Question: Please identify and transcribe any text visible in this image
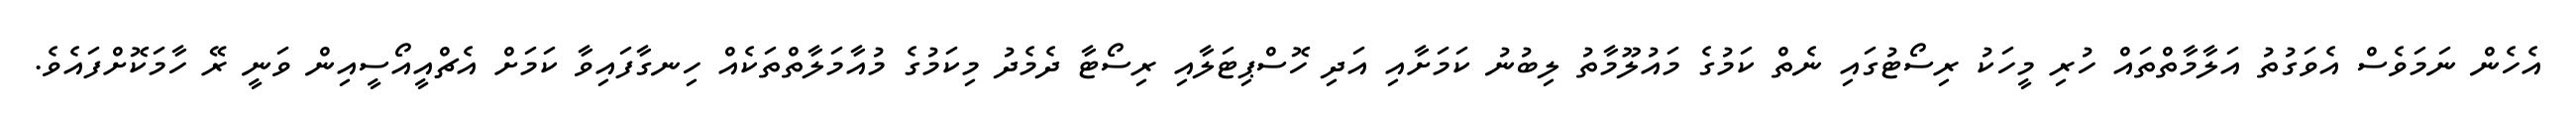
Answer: އެހެން ނަމަވެސް އެވަގުތު އަލާމާތްތައް ހުރި މީހަކު ރިސޯޓުގައި ނެތް ކަމުގެ މައުލޫމާތު ލިބުނު ކަމަށާއި އަދި ހޮސްޕިޓަލާއި ރިސޯޓާ ދެމެދު މިކަމުގެ މުއާމަލާތްތަކެއް ހިނގާފައިވާ ކަމަށް އެޗްއީއޯސީއިން ވަނީ ރޭ ހާމަކޮށްފައެވެ.